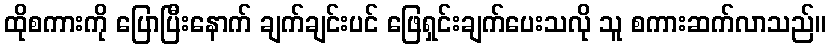
ထိုစကားကို ပြောပြီးနောက် ချက်ချင်းပင် ဖြေရှင်းချက်ပေးသလို သူ စကားဆက်လာသည်။